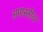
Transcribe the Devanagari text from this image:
अपास्तीय